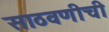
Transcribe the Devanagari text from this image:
साठवणीची